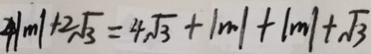
1 \vert m \vert + 2 \sqrt { 3 } = 4 \sqrt { 3 } + \vert m \vert + \vert m \vert + \sqrt { 3 }